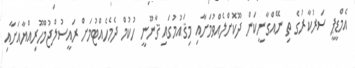
އެމްޑީޕީ ސަރުކާރުގެ ތި ނޭއްގާނީކަން ދޫކޮށްލެއްވުމަށާއި މިޤައުމުގައި ޤާނޫނީ ހުކުމް ދެމެހެއްޓުމަށް ރައީސުލްޖުމްހޫރިއްޔާއަށާއި